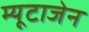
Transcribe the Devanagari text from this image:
म्यूटाजेन